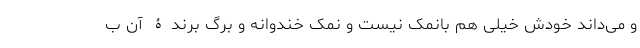
و می‌داند خودش خیلی هم با‌نمک نیست و نمک خندوانه و برگ برندۀ آن ب